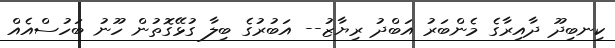
ކިނބިދޫ ދާއިރާގެ މެންބަރު އަބްދު ރިޔާޒު-- އަބުރުގެ ބިލާ ގުޅޭގޮތުން ހޫނު ބަހުސްއެއް